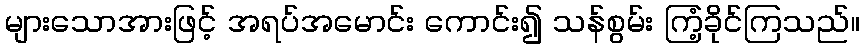
များသောအားဖြင့် အရပ်အမောင်း ကောင်း၍ သန်စွမ်း ကြံ့ခိုင်ကြသည်။